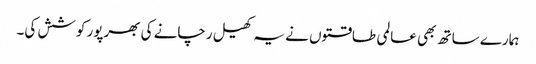
ہمارے ساتھ بھی عالمی طاقتوں نے یہ کھیل رچانے کی بھرپور کوشش کی۔